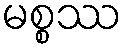
မစ္စဿ